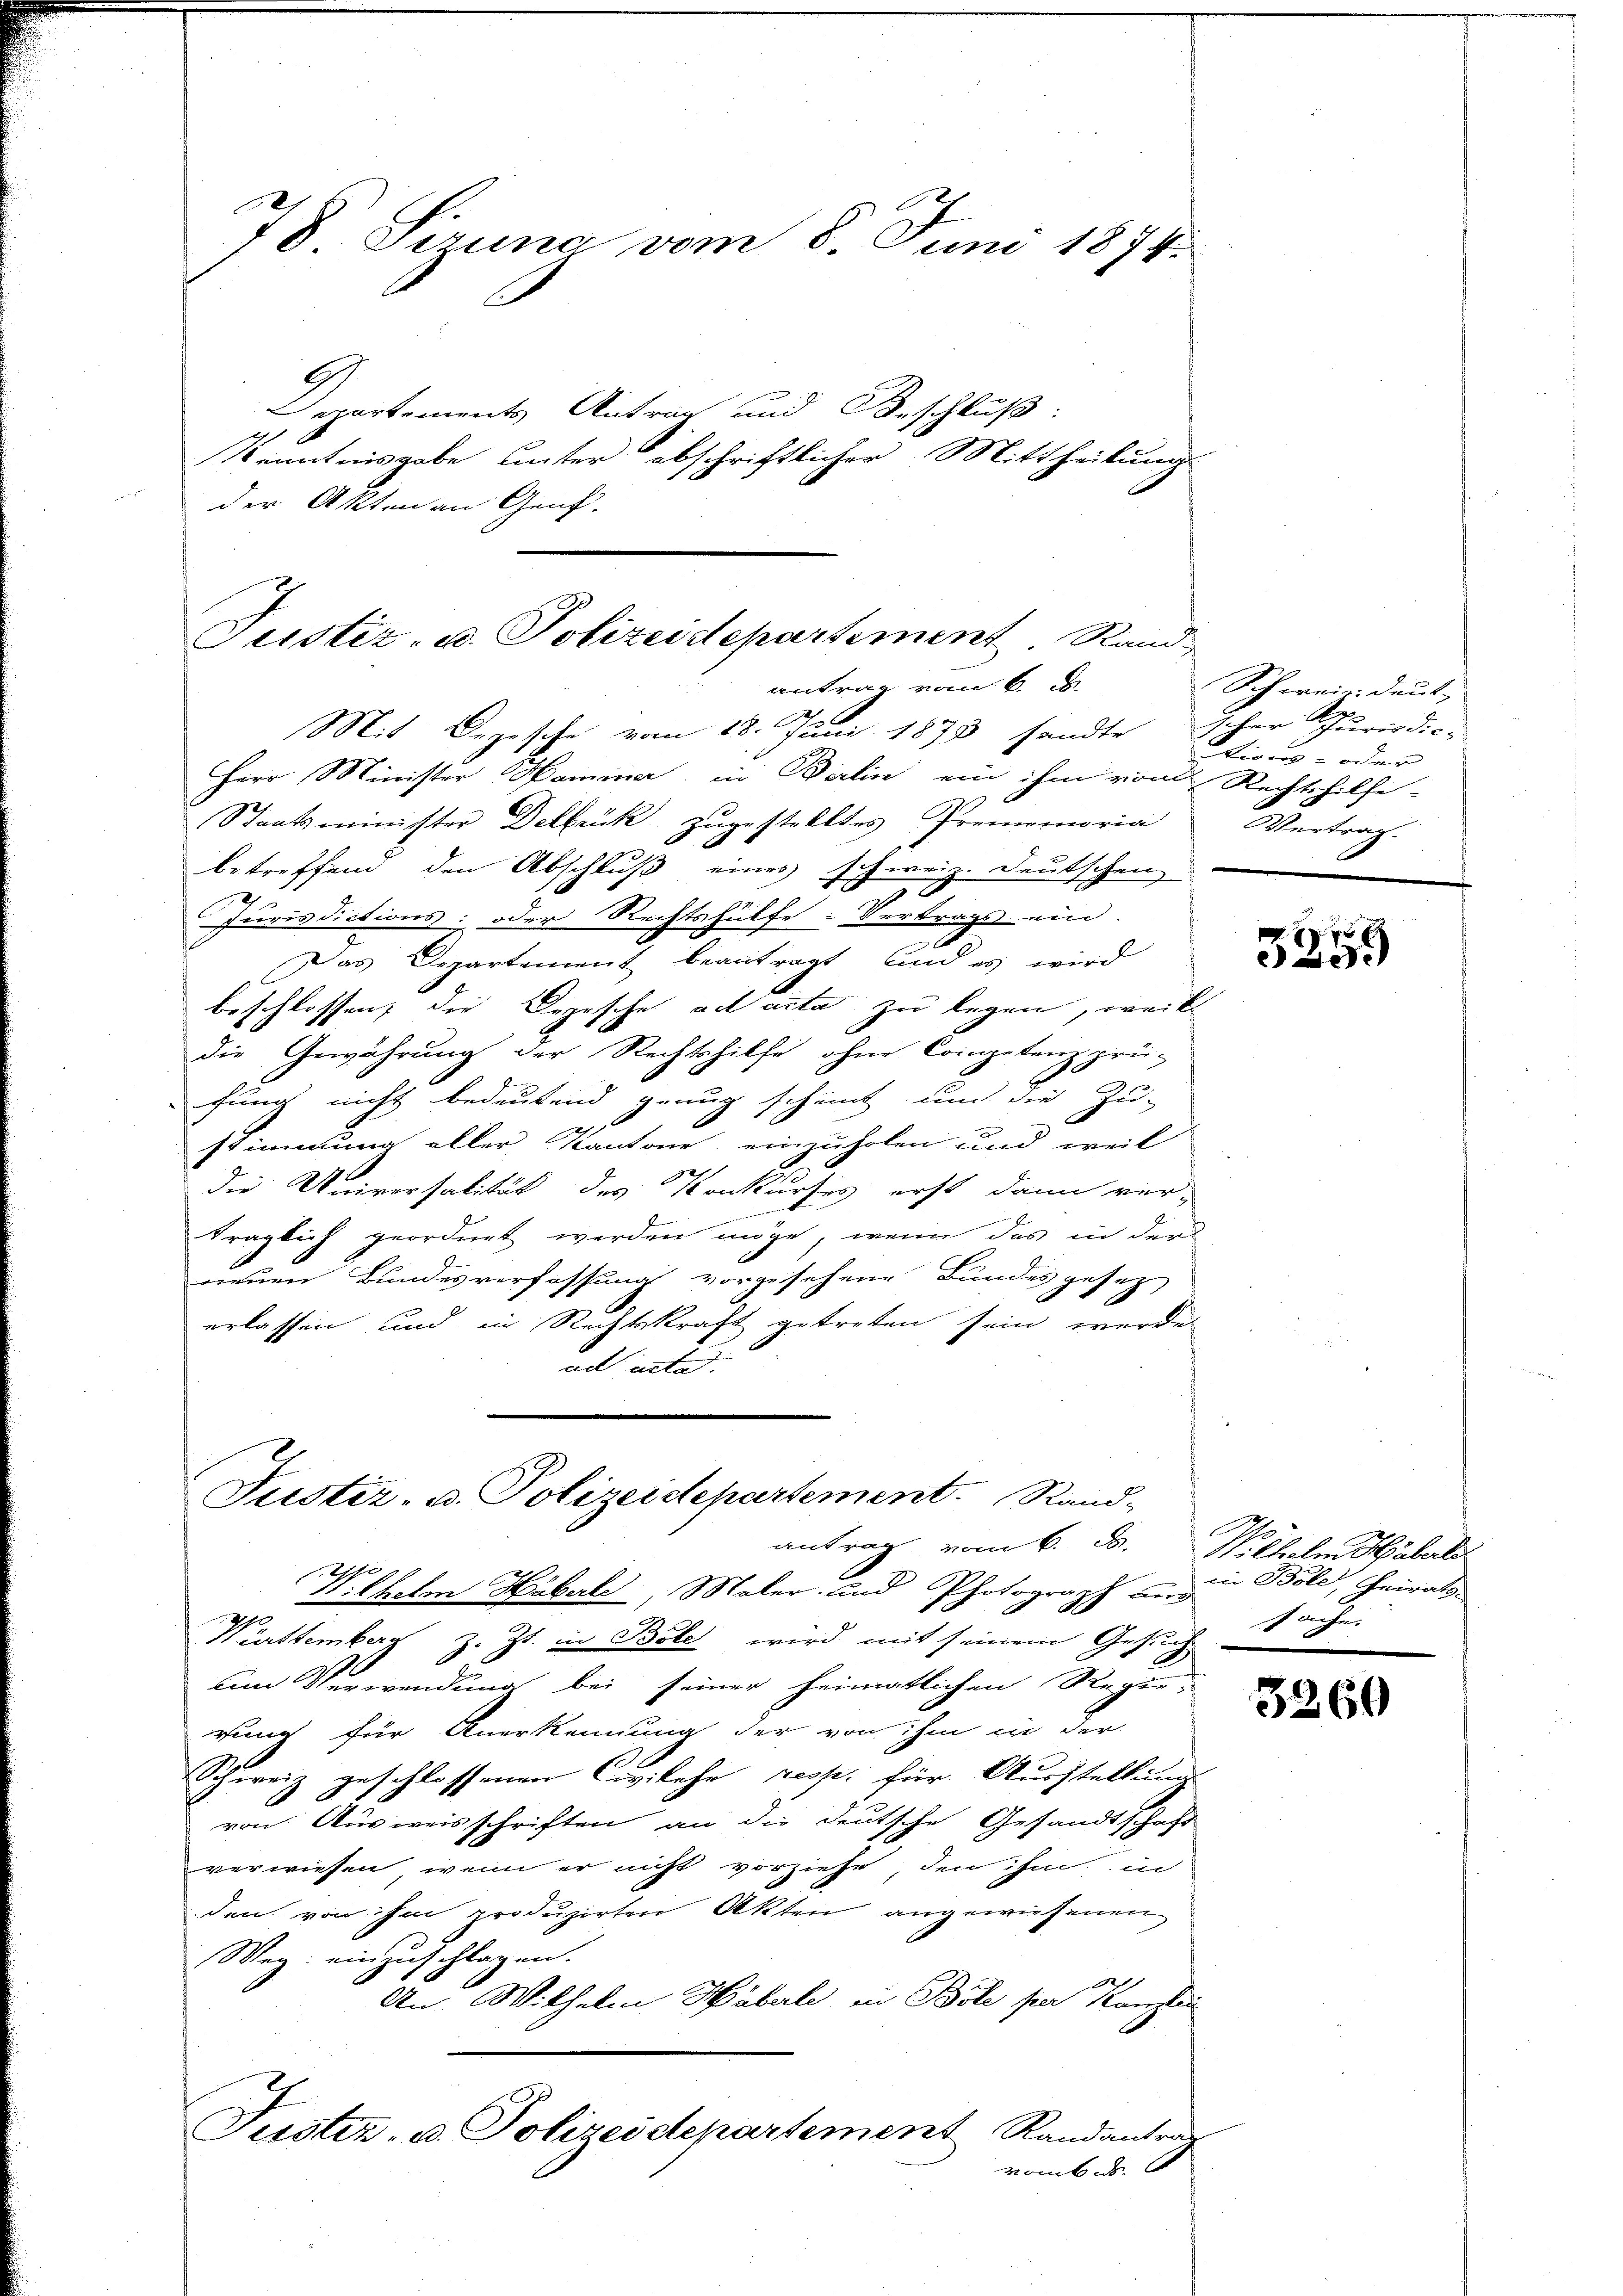
78. Sirung vom 8. Juni 1874.

Departements Antrag und Beschluß:
Kenntnisgabe unter abschriftlicher Mittheilung
der Akten an Genf.

Mit Depesche vom 18. Juni 1878 sandte
Herr Minister Haminer in Berlin ein ihm von Rechtshilfe-
Staatsminister Delbrück zugestelltes Promemoria
betreffend den Abschluß eines schweiz. Deutschen
Jurisdictions: oder Rechtshülfe. Vertrags ein-
e
Das Departement beantragt, und es wird
beschlossen, die Depesche ad acta zu legen, weil
die Gewährung der Rechtshilfe ohne Competenz prü-
fung nicht bedeutend genug scheint und die Zu-
stimmung aller Kantone einzuholen und weil
die Universalität des Konkurses erst dann ver-
träglich geordnet werden möge, wenn das in der
neuen Bundesverfassung vorgesehene Bundesgesez
erlassen und in Rechtskraft getreten sein werde
ad unte

Justiz- u. Polizeidepartement Rand
antrag vom 6.

Justiz- u. Polizeidepartement. Rand-

Schweindeut
scher Schurisdic
Wirung oder
Vertrag

antrag vom 6. d.
f
sithelm Häberle, Maler und Photograph und
Württemberg z. Zt. in Bote wird mit seinem Gesuch
um Verwendung bei seiner heimatlichen Regie-
rung für Anerkennung der von ihm in der
Schweiz geschlossenen Civilehe resp. für Ausstellung
von Ausweisschriften an die deutsche Gesandtschaft
verwiesen, wenn er nicht vorziehe, den ihm in
den von ihm produzirten Akten angewiesenen
Weg: einzuschlagen.
A.
An Wilhelm Häberle in Böle par Kanzlei
Justiz- u. Polizeidepartement Randantrag
vombe

0.

Wilhelm Häberle
in Bole, Heirat
sache.

3260